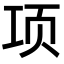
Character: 项